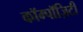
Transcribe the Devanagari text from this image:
कॉम्पॉज़िटी